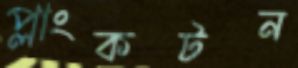
প্লাংকটন